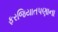
ફરજિયાતપણાના